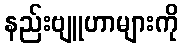
နည်းဗျူဟာများကို